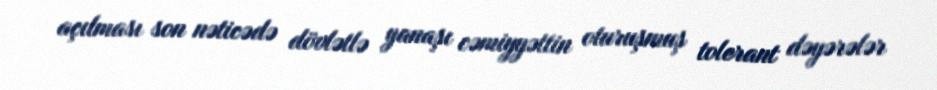
açılması son nəticədə dövlətlə yanaşı cəmiyyəttin oturuşmuş tolerant dəyərələr